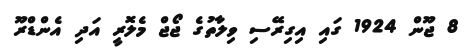
8 ޖޫން 1924 ގައި އިގިރޭސި ވިލާތުގެ ޖޯޖް މެލޮރީ އަދި އެންޑްރޫ